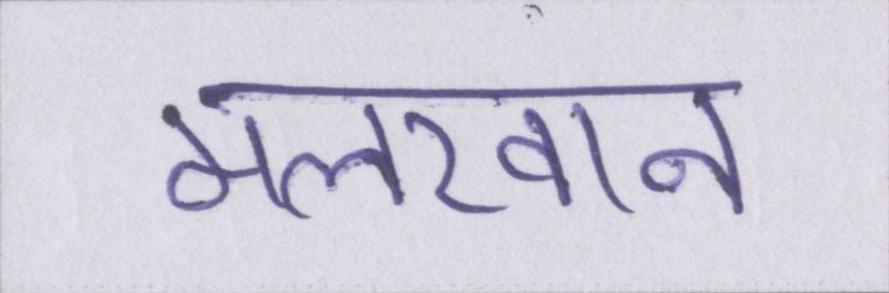
मलखान